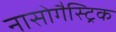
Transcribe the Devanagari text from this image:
नासोगैस्ट्रिक